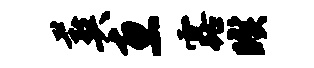
葬惠露暌